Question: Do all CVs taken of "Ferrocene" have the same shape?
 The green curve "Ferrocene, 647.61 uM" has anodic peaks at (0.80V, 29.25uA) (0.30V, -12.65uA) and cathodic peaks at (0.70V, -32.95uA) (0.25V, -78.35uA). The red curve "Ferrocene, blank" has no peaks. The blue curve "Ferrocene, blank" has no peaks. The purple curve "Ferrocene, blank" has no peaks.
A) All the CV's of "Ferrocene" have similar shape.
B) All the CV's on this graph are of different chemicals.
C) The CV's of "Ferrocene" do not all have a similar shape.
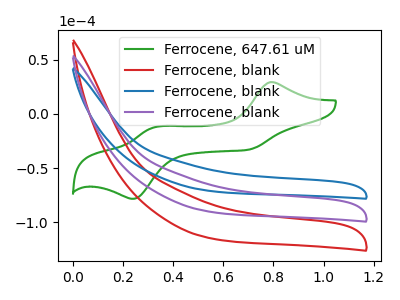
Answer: <think>"Ferrocene, 647.61 uM" and "Ferrocene, blank" have a different number of peaks. "Ferrocene, 647.61 uM" and "Ferrocene, blank" have a different number of peaks. "Ferrocene, 647.61 uM" and "Ferrocene, blank" have a different number of peaks. Neither "Ferrocene, blank" or "Ferrocene, blank" have any peaks. Neither "Ferrocene, blank" or "Ferrocene, blank" have any peaks. Neither "Ferrocene, blank" or "Ferrocene, blank" have any peaks.
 </think>
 <answer>A) All the CV's of "Ferrocene" have similar shape.</answer>
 <eval>A</eval>